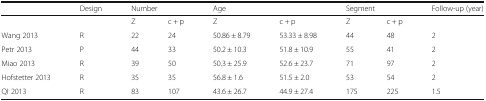
<table><thead><tr><td></td><td><b>Design</b></td><td colspan="2"><b>Number</b></td><td colspan="2"><b>Age</b></td><td colspan="2"><b>Segment</b></td><td><b>Follow-up (year)</b></td></tr></thead><tbody><tr><td></td><td></td><td>Z</td><td>c + p</td><td>Z</td><td>c + p</td><td>Z</td><td>c + p</td><td></td></tr><tr><td>Wang 2013</td><td>R</td><td>22</td><td>24</td><td>50.86 ± 8.79</td><td>53.33 ± 8.98</td><td>44</td><td>48</td><td>2</td></tr><tr><td>Petr 2013</td><td>P</td><td>44</td><td>33</td><td>50.2 ± 10.3</td><td>51.8 ± 10.9</td><td>55</td><td>41</td><td>2</td></tr><tr><td>Miao 2013</td><td>R</td><td>39</td><td>50</td><td>50.3 ± 25.9</td><td>52.6 ± 23.7</td><td>71</td><td>97</td><td>2</td></tr><tr><td>Hofstetter 2013</td><td>R</td><td>35</td><td>35</td><td>56.8 ± 1.6</td><td>51.5 ± 2.0</td><td>53</td><td>54</td><td>2</td></tr><tr><td>QI 2013</td><td>R</td><td>83</td><td>107</td><td>43.6 ± 26.7</td><td>44.9 ± 27.4</td><td>175</td><td>225</td><td>1.5</td></tr></tbody></table>